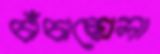
চাঁচাছোলা